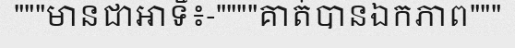
"""មានជាអាទិ៍៖-""""គាត់បានឯកភាព"""